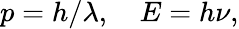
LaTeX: p=h/\lambda,\quad E=h\nu,